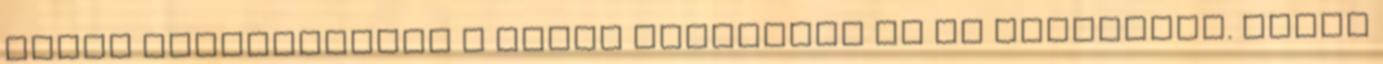
bőven túlteljesíti a banki kamatokat és az inflációt. Tehát